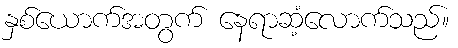
နှစ်ယောက်အတွက် နေရာဆံ့လောက်သည်။